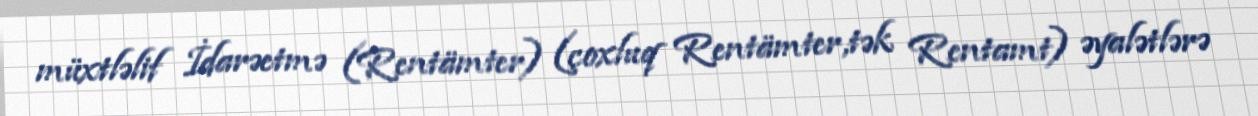
müxtləlif İdarəetmə (Rentämter) (çoxluq Rentämter,tək Rentamt) əyalətlərə